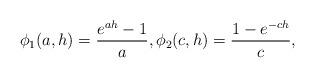
LaTeX: \begin{align*}\phi_1(a,h) = \frac{e^{ah}-1}a,\phi_2(c,h) = \frac{1-e^{-ch}}c,\end{align*}